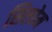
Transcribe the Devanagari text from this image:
सिलोम